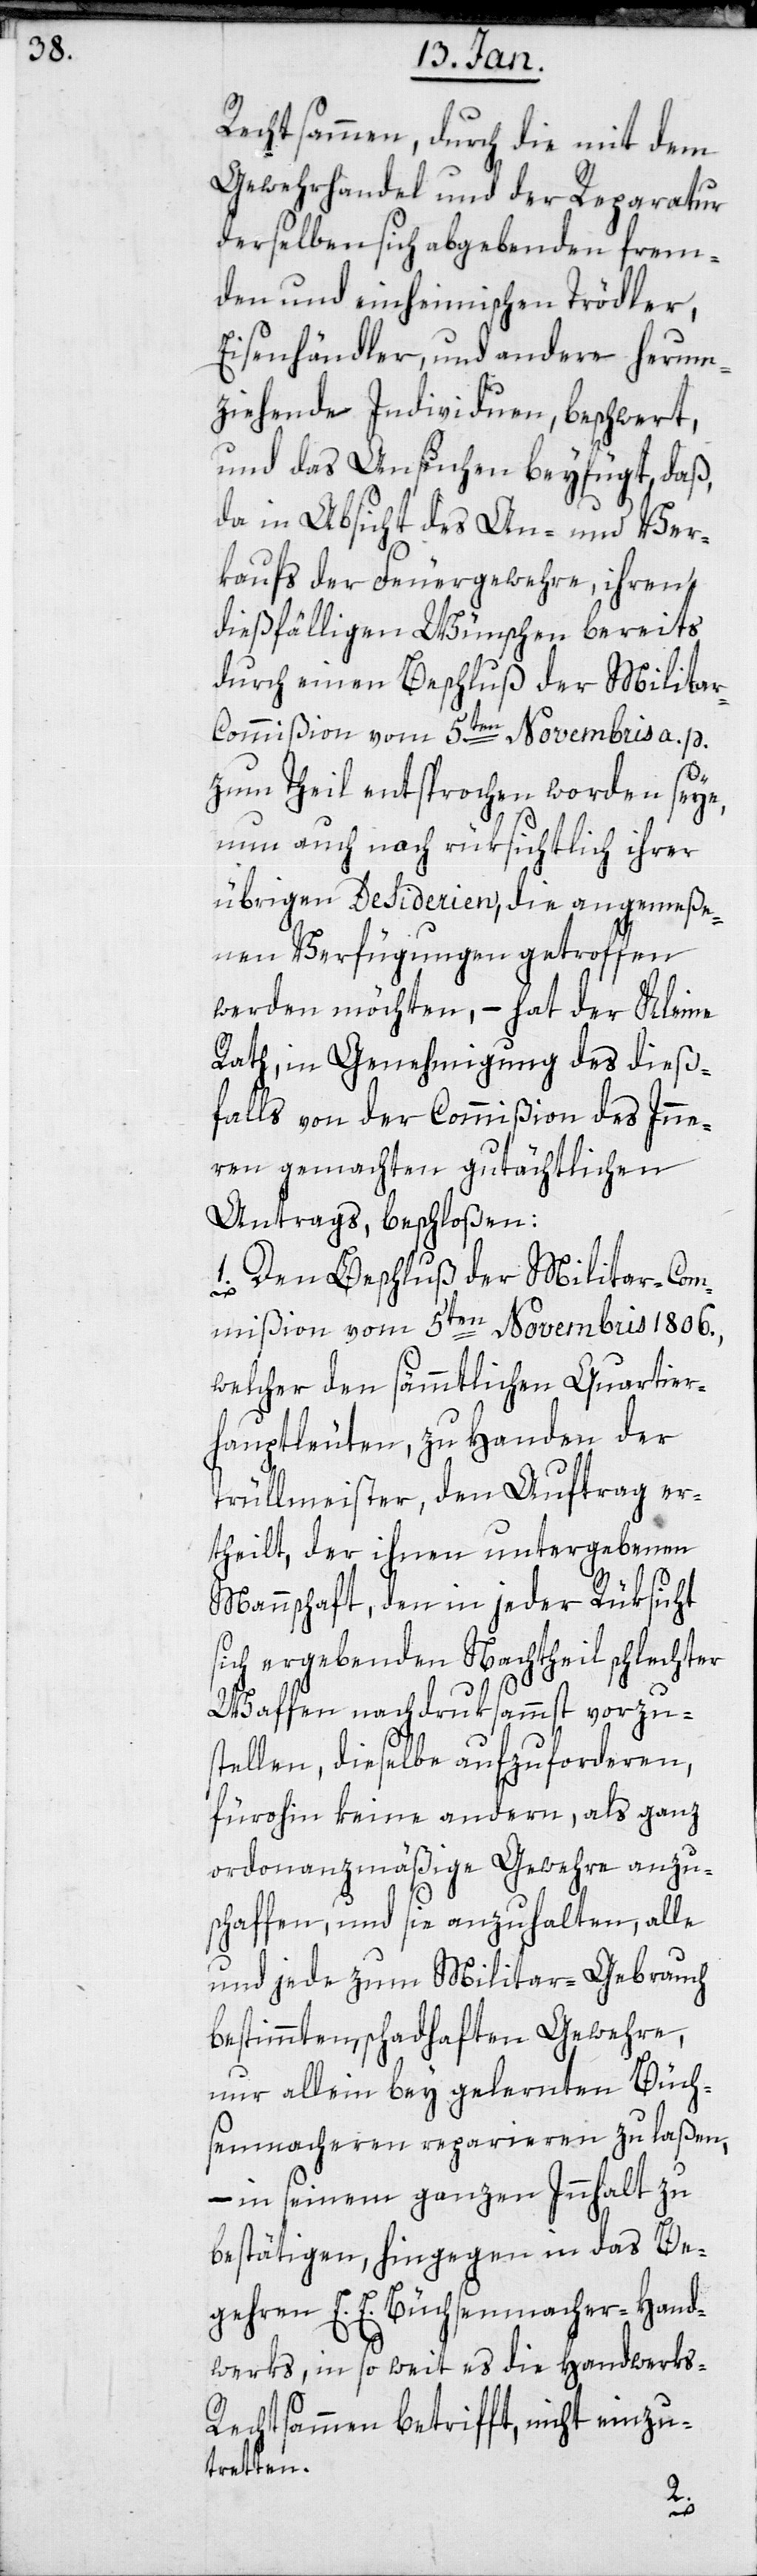
Rechtsammen durch die mit dem
Gewehrhandel und der Reparatur
derselben sich abgebenden frem¬
den und einheimischen Trödler,
Eisenhändler und andere herum¬
ziehende Individuen, beschwert,
und das Ansuchen beyfügt, daß
da in Absicht des An- und Ver¬
kaufs der Feuergewehre, ihren
dießfälligen Wünschen bereits
durch einen Beschluß der Milita¬
r-Commißion vom 5ten Novembris a. p.
zum Theil entsprochen worden seye,
nun auch noch rücksichtlich ihrer
übrigen Desiderien, die angemeße¬
nen Verfügungen getroffen
werden möchten, – hat der Kleine
Rath, in Genehmigung des dieß¬
falls von der Commißion des Inne¬
rn gemachten gutächtlichen
Antrags, beschloßen:
1. Den Beschluß der Militaircom¬
mißion vom 5ten Novembris 1806.,
welcher den sämmtlichen Quartier¬
hauptleuten, zu Handen der
Trüllmeister, den Auftrag er¬
theilt, der ihnen untergebenen
Mannschaft, den in jeder Rüksicht
sich ergebenden Nachtheil schlechter
Waffen nachdrucksammst vorzu¬
stellen, dieselbe aufzuforderen,
fürohin keine andern, als ganz
ordonnanzmäßige Gewehre anzu¬
schaffen, und sie anzuhalten, alle
und jede zum Militar-Gebrauch
bestimmten schadhaften Gewehre,
nur allein bey gelernten Büch¬
senmacheren reparieren zu laßen,
– in seinem ganzen Innhalt zu
bestätigen, hingegen in das Be¬
gehren E. E. Büchsenmacher-Hand¬
werks, in so weit es die Handwerks-R¬
echtsammen betrifft, nicht einzu¬
treten.